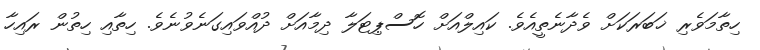
ހިތާމަވެރި ޚަބަރަކަށް ވެދާނެތީއެވެ. ކައިލްއަށް ހޮސްޕިޓަލާ ދިމާއަށް ދުއްވައިގަނެވުނެވެ. ހިތާއި ހިތުން ރައިހާ